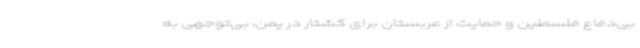
بی‌دفاع فلسطین و حمایت از عربستان برای کشتار در یمن، بی‌توجهی به